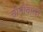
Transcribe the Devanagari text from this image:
चीनीवालों